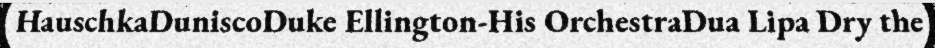
HauschkaDuniscoDuke Ellington-His OrchestraDua Lipa Dry the